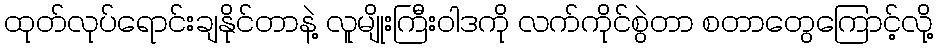
ထုတ်လုပ်ရောင်းချနိုင်တာနဲ့ လူမျိုးကြီးဝါဒကို လက်ကိုင်စွဲတာ စတာတွေကြောင့်လို့